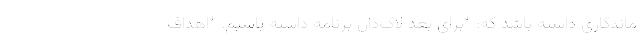
ماندگاری داشته باشد که: *برای بعد لاک‌دان برنامه داشته باشیم. *اهداف